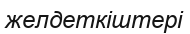
желдеткіштері